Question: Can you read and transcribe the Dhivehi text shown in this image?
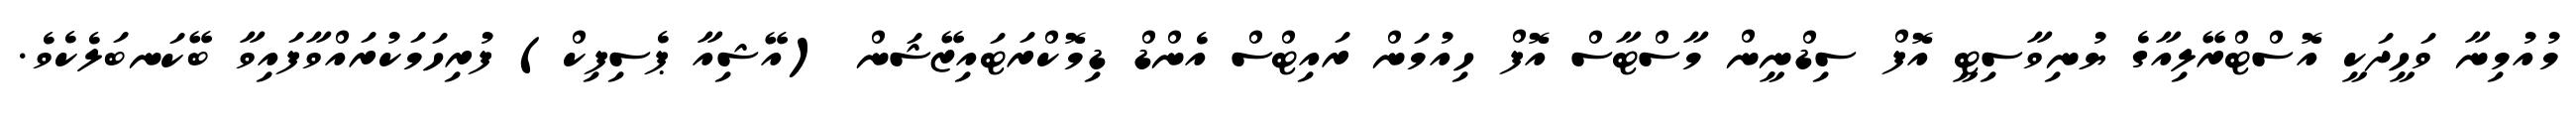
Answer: މުއުމިނާ ވަހީދަކީ އޮސްޓްރޭލިއާގެ ޔުނިވާސިޓީ އޮފް ސިޑްނީން މާސްޓާސް އޮފް ހިއުމަން ރައިޓްސް އެންޑް ޑިމޮކްރަޓައިޒޭޝަން (އޭޝިއާ ޕެސިފިކް) ފުރިހަމަކުރައްވާފައިވާ ބޭކަނބަލެކެވެ.